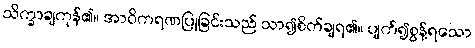
သိက္ခာချကုန်၏။ အာဝိကရဏပြုခြင်းသည် သာ၍စိတ်ချရ၏။ ပျက်၍စွန့်ရသော